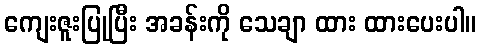
ကျေးဇူးပြုပြီး အခန်းကို သေချာ ထား ထားပေးပါ။